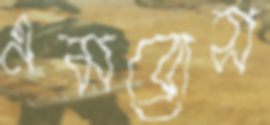
এমব্রোস